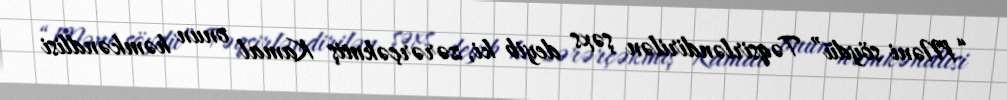
“Məni söydü” Təqsirləndirilən şəxs deyib ki, zərərçəkmiş Kamal onun həmkəndlisi